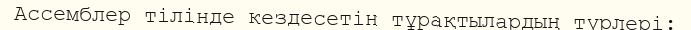
Ассемблер тілінде кездесетін тұрақтылардың түрлері: